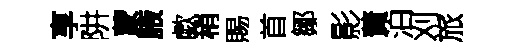
享阱蒙腋歔稍賜首鄒影蕡泊刈旅